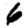
Digit: 6